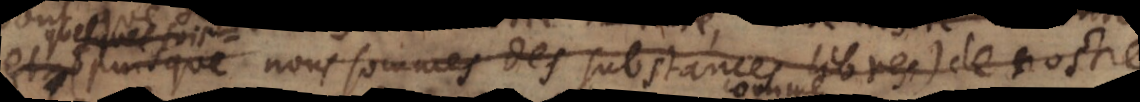
(puisque nous sommes des substances libres) de nostre